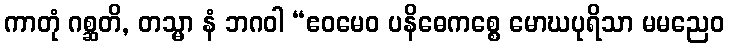
ကာတုံ ဂစ္ဆတိ, တသ္မာ နံ ဘဂဝါ “ဧဝမေဝ ပနိဓေကစ္စေ မောဃပုရိသာ မမညေဝ